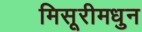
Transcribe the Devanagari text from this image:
मिसूरीमधुन